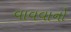
વાવવાનો